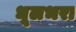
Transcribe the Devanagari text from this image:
धूलभरा